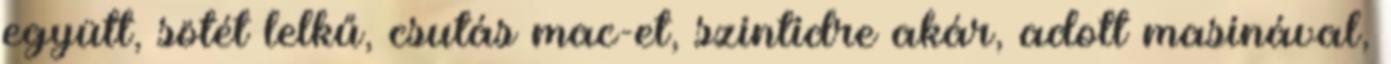
együtt, sötét lelkű, csutás mac-et, szintidre akár, adott masinával,